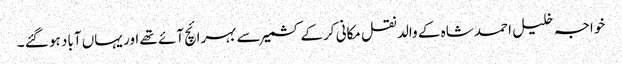
خواجہ خلیل احمد شاہ کے والد نقل مکانی کرکے کشمیر سے بہرائچ آئے تھے اور یہاں آباد ہو گئے ۔